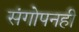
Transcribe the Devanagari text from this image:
संगोपनही